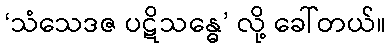
‘သံသေဒဇ ပဋိသန္ဓေ’ လို့ ခေါ်တယ်။